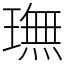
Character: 璑